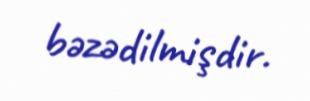
bəzədilmişdir.